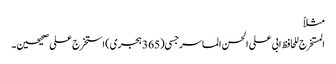
مثلاً
المستخرج للحافظ ابی علی الحسن الماسرجسی (365 ہجری) استخرج علی صحیحین۔